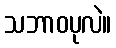
သဘာဝပုလဲ။